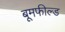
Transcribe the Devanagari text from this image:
बूमफील्ड